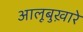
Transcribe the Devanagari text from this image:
आलूबुख़ारे